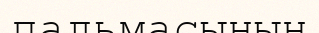
пальмасының